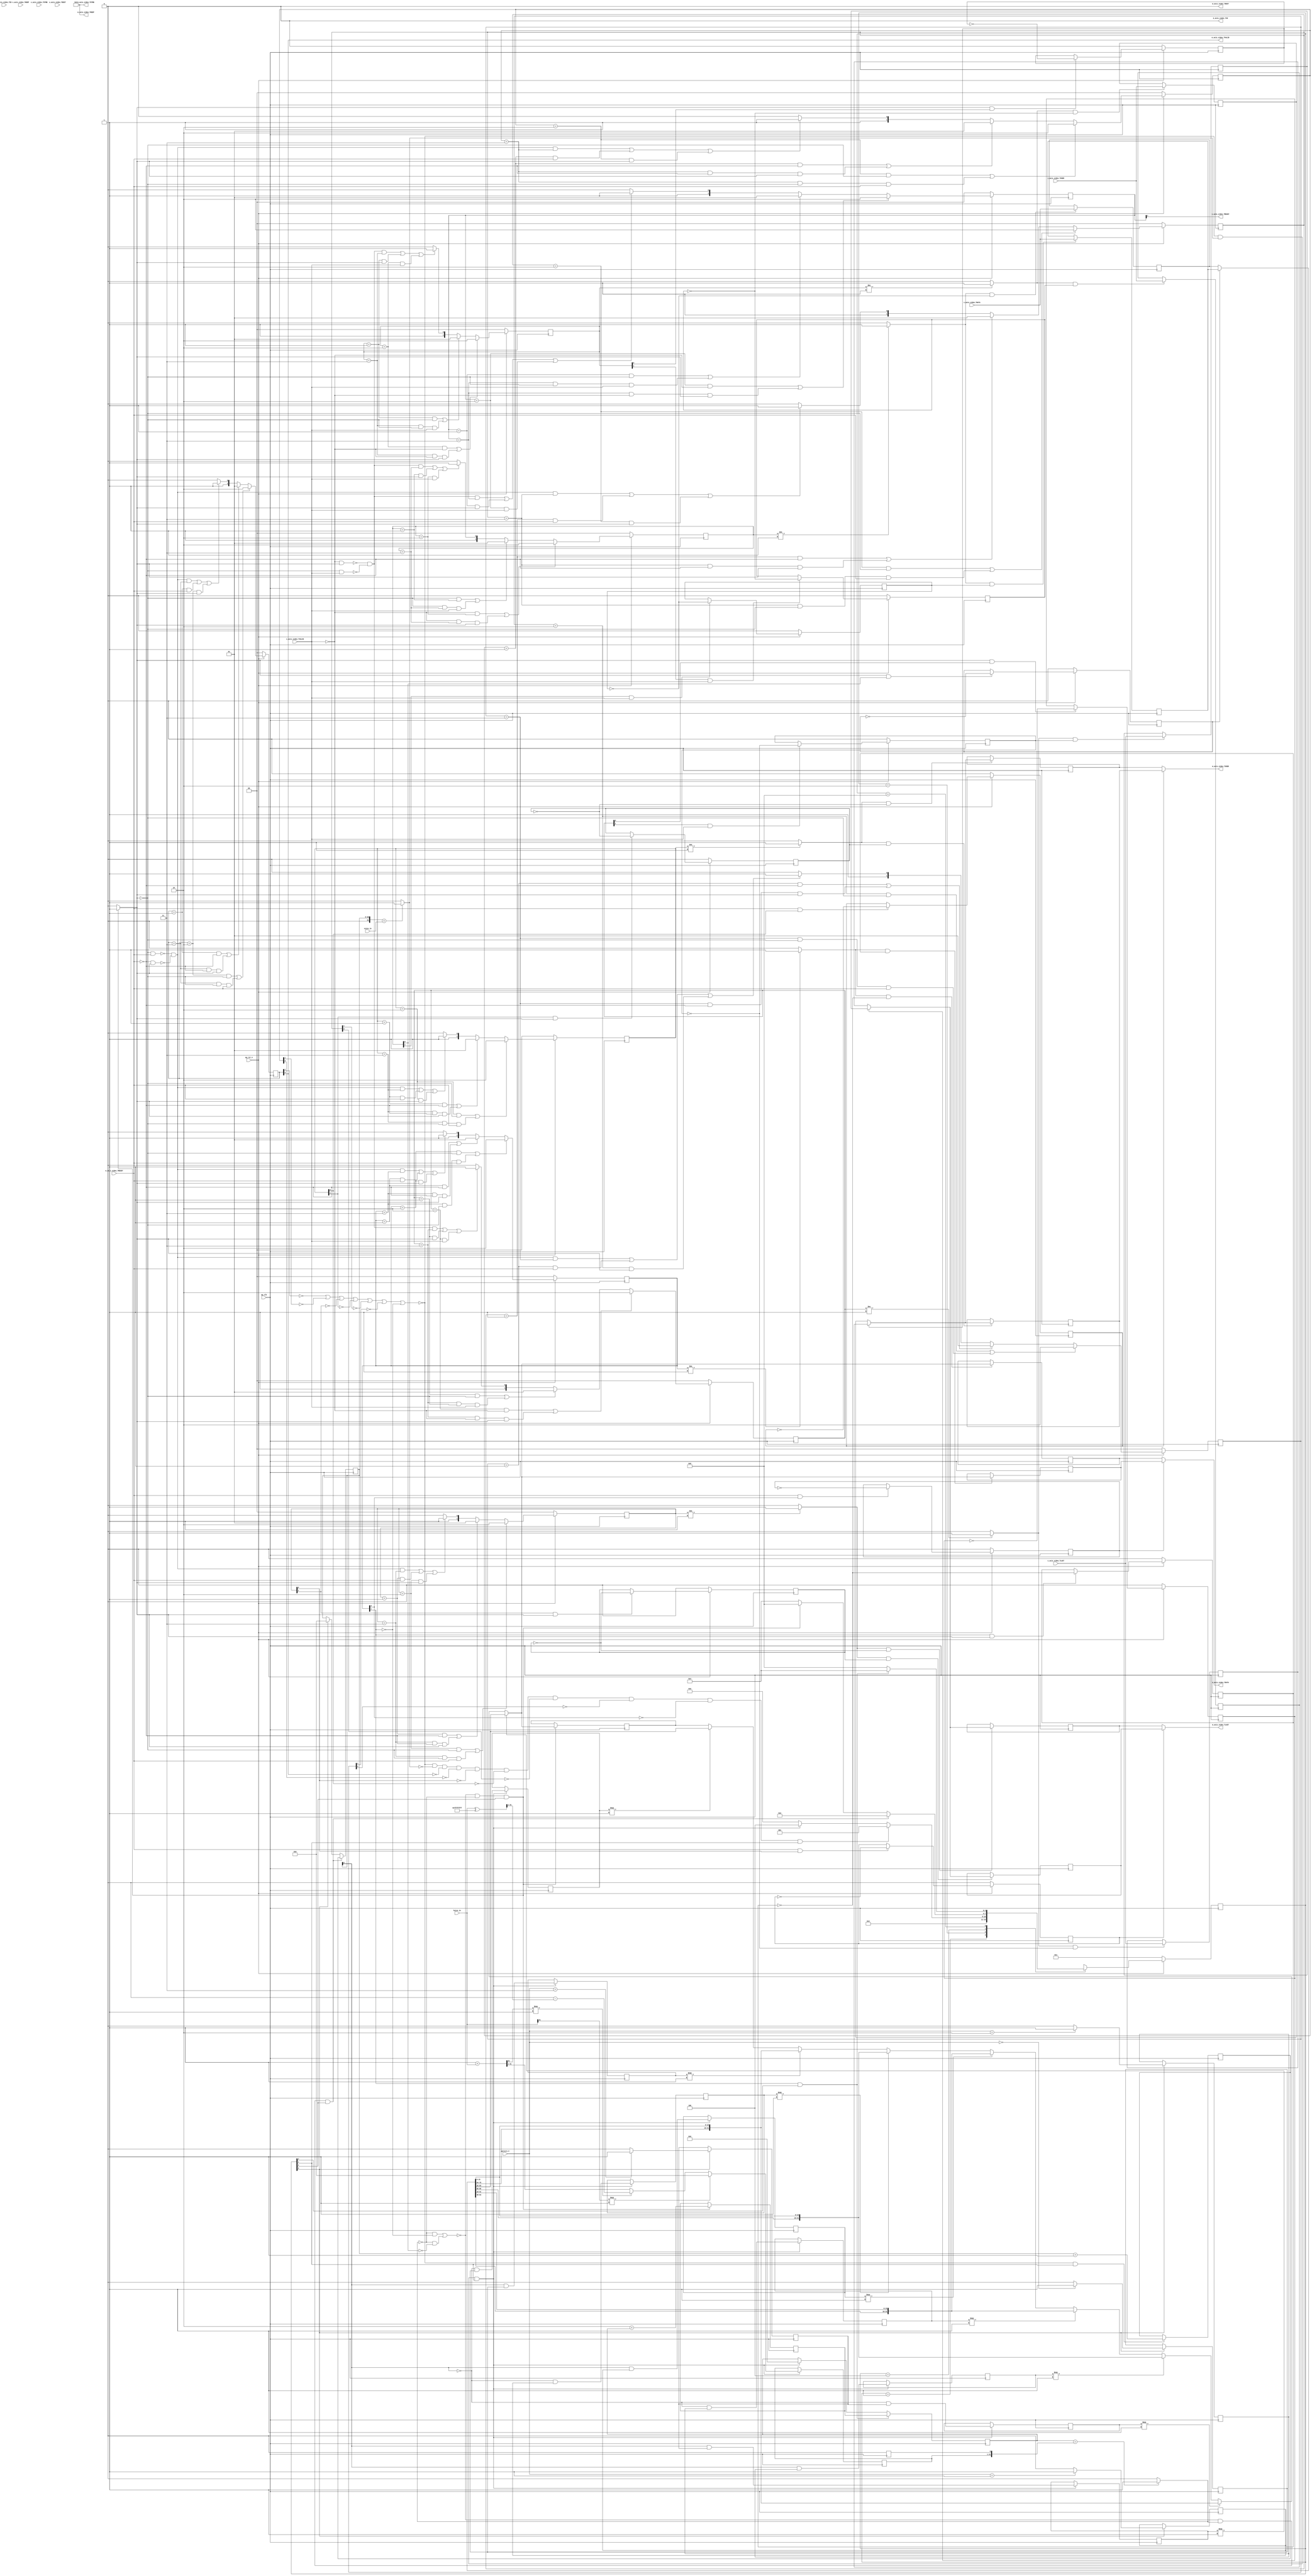
// ==============================================================
// RTL generated by Vivado(TM) HLS - High-Level Synthesis from C, C++ and SystemC
// Version: 2018.3
// Copyright (C) 1986-2018 Xilinx, Inc. All Rights Reserved.
// 
// ===========================================================

`timescale 1 ns / 1 ps 

(* CORE_GENERATION_INFO="rgb2bayer,hls_ip_2018_3,{HLS_INPUT_TYPE=cxx,HLS_INPUT_FLOAT=0,HLS_INPUT_FIXED=1,HLS_INPUT_PART=xc7z020clg484-1,HLS_INPUT_CLOCK=10.000000,HLS_INPUT_ARCH=others,HLS_SYN_CLOCK=3.466000,HLS_SYN_LAT=-1,HLS_SYN_TPT=none,HLS_SYN_MEM=0,HLS_SYN_DSP=0,HLS_SYN_FF=507,HLS_SYN_LUT=951,HLS_VERSION=2018_3}" *)

module rgb2bayer_16bit_2spc (
        ap_clk,
        ap_rst_n,
        s_axis_video_TDATA,
        s_axis_video_TVALID,
        s_axis_video_TREADY,
        s_axis_video_TKEEP,
        s_axis_video_TSTRB,
        s_axis_video_TUSER,
        s_axis_video_TLAST,
        s_axis_video_TID,
        s_axis_video_TDEST,
        m_axis_video_TDATA,
        m_axis_video_TVALID,
        m_axis_video_TREADY,
        m_axis_video_TKEEP,
        m_axis_video_TSTRB,
        m_axis_video_TUSER,
        m_axis_video_TLAST,
        m_axis_video_TID,
        m_axis_video_TDEST,
        hsize_in,
        vsize_in,
        pattern_V
);

parameter    ap_ST_fsm_state1 = 4'd1;
parameter    ap_ST_fsm_state2 = 4'd2;
parameter    ap_ST_fsm_state3 = 4'd4;
parameter    ap_ST_fsm_state4 = 4'd8;

input   ap_clk;
input   ap_rst_n;
input  [95:0] s_axis_video_TDATA;
input   s_axis_video_TVALID;
output   s_axis_video_TREADY;
input  [11:0] s_axis_video_TKEEP;
input  [11:0] s_axis_video_TSTRB;
input  [0:0] s_axis_video_TUSER;
input  [0:0] s_axis_video_TLAST;
input  [0:0] s_axis_video_TID;
input  [0:0] s_axis_video_TDEST;
output  [31:0] m_axis_video_TDATA;
output   m_axis_video_TVALID;
input   m_axis_video_TREADY;
output  [3:0] m_axis_video_TKEEP;
output  [3:0] m_axis_video_TSTRB;
output  [0:0] m_axis_video_TUSER;
output  [0:0] m_axis_video_TLAST;
output  [0:0] m_axis_video_TID;
output  [0:0] m_axis_video_TDEST;
input  [31:0] hsize_in;
input  [31:0] vsize_in;
input  [1:0] pattern_V;

 reg    ap_rst_n_inv;
reg   [95:0] s_axis_video_V_data_V_0_data_out;
wire    s_axis_video_V_data_V_0_vld_in;
wire    s_axis_video_V_data_V_0_vld_out;
wire    s_axis_video_V_data_V_0_ack_in;
reg    s_axis_video_V_data_V_0_ack_out;
reg   [95:0] s_axis_video_V_data_V_0_payload_A;
reg   [95:0] s_axis_video_V_data_V_0_payload_B;
reg    s_axis_video_V_data_V_0_sel_rd;
reg    s_axis_video_V_data_V_0_sel_wr;
wire    s_axis_video_V_data_V_0_sel;
wire    s_axis_video_V_data_V_0_load_A;
wire    s_axis_video_V_data_V_0_load_B;
reg   [1:0] s_axis_video_V_data_V_0_state;
wire    s_axis_video_V_data_V_0_state_cmp_full;
reg   [0:0] s_axis_video_V_user_V_0_data_out;
wire    s_axis_video_V_user_V_0_vld_in;
wire    s_axis_video_V_user_V_0_vld_out;
wire    s_axis_video_V_user_V_0_ack_in;
reg    s_axis_video_V_user_V_0_ack_out;
reg   [0:0] s_axis_video_V_user_V_0_payload_A;
reg   [0:0] s_axis_video_V_user_V_0_payload_B;
reg    s_axis_video_V_user_V_0_sel_rd;
reg    s_axis_video_V_user_V_0_sel_wr;
wire    s_axis_video_V_user_V_0_sel;
wire    s_axis_video_V_user_V_0_load_A;
wire    s_axis_video_V_user_V_0_load_B;
reg   [1:0] s_axis_video_V_user_V_0_state;
wire    s_axis_video_V_user_V_0_state_cmp_full;
reg   [0:0] s_axis_video_V_last_V_0_data_out;
wire    s_axis_video_V_last_V_0_vld_in;
wire    s_axis_video_V_last_V_0_vld_out;
wire    s_axis_video_V_last_V_0_ack_in;
reg    s_axis_video_V_last_V_0_ack_out;
reg   [0:0] s_axis_video_V_last_V_0_payload_A;
reg   [0:0] s_axis_video_V_last_V_0_payload_B;
reg    s_axis_video_V_last_V_0_sel_rd;
reg    s_axis_video_V_last_V_0_sel_wr;
wire    s_axis_video_V_last_V_0_sel;
wire    s_axis_video_V_last_V_0_load_A;
wire    s_axis_video_V_last_V_0_load_B;
reg   [1:0] s_axis_video_V_last_V_0_state;
wire    s_axis_video_V_last_V_0_state_cmp_full;
wire    s_axis_video_V_dest_V_0_vld_in;
reg    s_axis_video_V_dest_V_0_ack_out;
reg   [1:0] s_axis_video_V_dest_V_0_state;
reg   [31:0] m_axis_video_V_data_V_1_data_out;
reg    m_axis_video_V_data_V_1_vld_in;
wire    m_axis_video_V_data_V_1_vld_out;
wire    m_axis_video_V_data_V_1_ack_in;
wire    m_axis_video_V_data_V_1_ack_out;
reg   [31:0] m_axis_video_V_data_V_1_payload_A;
reg   [31:0] m_axis_video_V_data_V_1_payload_B;
reg    m_axis_video_V_data_V_1_sel_rd;
reg    m_axis_video_V_data_V_1_sel_wr;
wire    m_axis_video_V_data_V_1_sel;
wire    m_axis_video_V_data_V_1_load_A;
wire    m_axis_video_V_data_V_1_load_B;
reg   [1:0] m_axis_video_V_data_V_1_state;
wire    m_axis_video_V_data_V_1_state_cmp_full;
wire   [3:0] m_axis_video_V_keep_V_1_data_out;
reg    m_axis_video_V_keep_V_1_vld_in;
wire    m_axis_video_V_keep_V_1_vld_out;
wire    m_axis_video_V_keep_V_1_ack_in;
wire    m_axis_video_V_keep_V_1_ack_out;
reg    m_axis_video_V_keep_V_1_sel_rd;
wire    m_axis_video_V_keep_V_1_sel;
reg   [1:0] m_axis_video_V_keep_V_1_state;
wire   [3:0] m_axis_video_V_strb_V_1_data_out;
reg    m_axis_video_V_strb_V_1_vld_in;
wire    m_axis_video_V_strb_V_1_vld_out;
wire    m_axis_video_V_strb_V_1_ack_in;
wire    m_axis_video_V_strb_V_1_ack_out;
reg    m_axis_video_V_strb_V_1_sel_rd;
wire    m_axis_video_V_strb_V_1_sel;
reg   [1:0] m_axis_video_V_strb_V_1_state;
reg   [0:0] m_axis_video_V_user_V_1_data_out;
reg    m_axis_video_V_user_V_1_vld_in;
wire    m_axis_video_V_user_V_1_vld_out;
wire    m_axis_video_V_user_V_1_ack_in;
wire    m_axis_video_V_user_V_1_ack_out;
reg   [0:0] m_axis_video_V_user_V_1_payload_A;
reg   [0:0] m_axis_video_V_user_V_1_payload_B;
reg    m_axis_video_V_user_V_1_sel_rd;
reg    m_axis_video_V_user_V_1_sel_wr;
wire    m_axis_video_V_user_V_1_sel;
wire    m_axis_video_V_user_V_1_load_A;
wire    m_axis_video_V_user_V_1_load_B;
reg   [1:0] m_axis_video_V_user_V_1_state;
wire    m_axis_video_V_user_V_1_state_cmp_full;
reg   [0:0] m_axis_video_V_last_V_1_data_out;
reg    m_axis_video_V_last_V_1_vld_in;
wire    m_axis_video_V_last_V_1_vld_out;
wire    m_axis_video_V_last_V_1_ack_in;
wire    m_axis_video_V_last_V_1_ack_out;
reg   [0:0] m_axis_video_V_last_V_1_payload_A;
reg   [0:0] m_axis_video_V_last_V_1_payload_B;
reg    m_axis_video_V_last_V_1_sel_rd;
reg    m_axis_video_V_last_V_1_sel_wr;
wire    m_axis_video_V_last_V_1_sel;
wire    m_axis_video_V_last_V_1_load_A;
wire    m_axis_video_V_last_V_1_load_B;
reg   [1:0] m_axis_video_V_last_V_1_state;
wire    m_axis_video_V_last_V_1_state_cmp_full;
wire   [0:0] m_axis_video_V_id_V_1_data_out;
reg    m_axis_video_V_id_V_1_vld_in;
wire    m_axis_video_V_id_V_1_vld_out;
wire    m_axis_video_V_id_V_1_ack_in;
wire    m_axis_video_V_id_V_1_ack_out;
reg    m_axis_video_V_id_V_1_sel_rd;
wire    m_axis_video_V_id_V_1_sel;
reg   [1:0] m_axis_video_V_id_V_1_state;
wire   [0:0] m_axis_video_V_dest_V_1_data_out;
reg    m_axis_video_V_dest_V_1_vld_in;
wire    m_axis_video_V_dest_V_1_vld_out;
wire    m_axis_video_V_dest_V_1_ack_in;
wire    m_axis_video_V_dest_V_1_ack_out;
reg    m_axis_video_V_dest_V_1_sel_rd;
wire    m_axis_video_V_dest_V_1_sel;
reg   [1:0] m_axis_video_V_dest_V_1_state;
reg    s_axis_video_TDATA_blk_n;
(* fsm_encoding = "none" *) reg   [3:0] ap_CS_fsm;
wire    ap_CS_fsm_state3;
wire   [0:0] tmp_10_fu_379_p2;
reg    m_axis_video_TDATA_blk_n;
wire    ap_CS_fsm_state4;
wire    ap_CS_fsm_state1;
wire   [0:0] sel_tmp_fu_215_p2;
reg   [0:0] sel_tmp_reg_565;
wire   [0:0] sel_tmp7_fu_221_p2;
reg   [0:0] sel_tmp7_reg_571;
wire   [0:0] sel_tmp4_fu_227_p2;
reg   [0:0] sel_tmp4_reg_577;
wire   [0:0] sel_tmp3_fu_233_p2;
reg   [0:0] sel_tmp3_reg_583;
wire   [30:0] j_1_fu_248_p2;
reg   [30:0] j_1_reg_592;
wire    ap_CS_fsm_state2;
reg    ap_block_state2;
wire   [0:0] sel_tmp1_fu_264_p2;
reg   [0:0] sel_tmp1_reg_597;
wire   [0:0] tmp_1_fu_243_p2;
wire   [0:0] sel_tmp5_fu_269_p2;
reg   [0:0] sel_tmp5_reg_602;
wire   [0:0] sel_tmp8_fu_274_p2;
reg   [0:0] sel_tmp8_reg_607;
wire   [0:0] sel_tmp2_fu_279_p2;
reg   [0:0] sel_tmp2_reg_612;
wire   [0:0] sel_tmp6_fu_284_p2;
reg   [0:0] sel_tmp6_reg_617;
wire   [0:0] sel_tmp9_fu_289_p2;
reg   [0:0] sel_tmp9_reg_622;
wire   [0:0] sel_tmp10_fu_294_p2;
reg   [0:0] sel_tmp10_reg_627;
wire   [0:0] sel_tmp11_fu_299_p2;
reg   [0:0] sel_tmp11_reg_632;
wire   [31:0] tmp_9_fu_371_p3;
reg   [31:0] tmp_9_reg_637;
reg    ap_block_state3;
reg    ap_block_state3_io;
wire   [31:0] video_o_data_V_fu_528_p3;
wire   [31:0] i_1_fu_536_p2;
reg   [31:0] i_1_reg_660;
reg   [30:0] j_reg_193;
reg   [31:0] i_reg_204;
reg   [31:0] p_Val2_s_fu_124;
wire   [31:0] j_cast_fu_239_p1;
wire   [0:0] tmp_2_fu_254_p1;
wire   [0:0] tmp_3_fu_258_p2;
wire   [31:0] hsize_in_op_op_fu_311_p2;
wire   [31:0] p_neg_fu_324_p2;
wire   [30:0] p_lshr_fu_329_p4;
wire   [0:0] tmp_5_fu_316_p3;
wire   [30:0] p_neg_t_fu_339_p2;
wire   [30:0] tmp_6_fu_345_p4;
wire   [0:0] tmp_4_fu_304_p3;
wire   [30:0] tmp_7_fu_355_p3;
wire   [30:0] tmp_8_fu_363_p3;
wire   [15:0] p_Result_6_fu_415_p4;
wire   [15:0] tmp_11_fu_411_p1;
wire   [15:0] p_Result_s_7_fu_433_p4;
wire   [15:0] p_Result_3_fu_461_p4;
wire   [15:0] p_Result_2_fu_451_p4;
wire   [31:0] p_Result_s_fu_401_p4;
wire   [31:0] p_Result_1_fu_425_p3;
wire   [31:0] video_o_data_V_4_fu_479_p3;
wire   [31:0] p_Result_4_fu_443_p3;
wire   [31:0] video_o_data_V_5_fu_486_p3;
wire   [31:0] p_Result_5_fu_471_p3;
wire   [31:0] video_o_data_V_6_fu_493_p3;
wire   [31:0] video_o_data_V_7_fu_500_p3;
wire   [31:0] video_o_data_V_8_fu_507_p3;
wire   [31:0] video_o_data_V_9_fu_514_p3;
wire   [31:0] video_o_data_V_11_fu_521_p3;
reg   [3:0] ap_NS_fsm;

// power-on initialization
initial begin
#0 s_axis_video_V_data_V_0_sel_rd = 1'b0;
#0 s_axis_video_V_data_V_0_sel_wr = 1'b0;
#0 s_axis_video_V_data_V_0_state = 2'd0;
#0 s_axis_video_V_user_V_0_sel_rd = 1'b0;
#0 s_axis_video_V_user_V_0_sel_wr = 1'b0;
#0 s_axis_video_V_user_V_0_state = 2'd0;
#0 s_axis_video_V_last_V_0_sel_rd = 1'b0;
#0 s_axis_video_V_last_V_0_sel_wr = 1'b0;
#0 s_axis_video_V_last_V_0_state = 2'd0;
#0 s_axis_video_V_dest_V_0_state = 2'd0;
#0 m_axis_video_V_data_V_1_sel_rd = 1'b0;
#0 m_axis_video_V_data_V_1_sel_wr = 1'b0;
#0 m_axis_video_V_data_V_1_state = 2'd0;
#0 m_axis_video_V_keep_V_1_sel_rd = 1'b0;
#0 m_axis_video_V_keep_V_1_state = 2'd0;
#0 m_axis_video_V_strb_V_1_sel_rd = 1'b0;
#0 m_axis_video_V_strb_V_1_state = 2'd0;
#0 m_axis_video_V_user_V_1_sel_rd = 1'b0;
#0 m_axis_video_V_user_V_1_sel_wr = 1'b0;
#0 m_axis_video_V_user_V_1_state = 2'd0;
#0 m_axis_video_V_last_V_1_sel_rd = 1'b0;
#0 m_axis_video_V_last_V_1_sel_wr = 1'b0;
#0 m_axis_video_V_last_V_1_state = 2'd0;
#0 m_axis_video_V_id_V_1_sel_rd = 1'b0;
#0 m_axis_video_V_id_V_1_state = 2'd0;
#0 m_axis_video_V_dest_V_1_sel_rd = 1'b0;
#0 m_axis_video_V_dest_V_1_state = 2'd0;
#0 ap_CS_fsm = 4'd1;
end

always @ (posedge ap_clk) begin
    if (ap_rst_n_inv == 1'b1) begin
        ap_CS_fsm <= ap_ST_fsm_state1;
    end else begin
        ap_CS_fsm <= ap_NS_fsm;
    end
end

always @ (posedge ap_clk) begin
    if (ap_rst_n_inv == 1'b1) begin
        m_axis_video_V_data_V_1_sel_rd <= 1'b0;
    end else begin
        if (((m_axis_video_V_data_V_1_ack_out == 1'b1) & (m_axis_video_V_data_V_1_vld_out == 1'b1))) begin
            m_axis_video_V_data_V_1_sel_rd <= ~m_axis_video_V_data_V_1_sel_rd;
        end
    end
end

always @ (posedge ap_clk) begin
    if (ap_rst_n_inv == 1'b1) begin
        m_axis_video_V_data_V_1_sel_wr <= 1'b0;
    end else begin
        if (((m_axis_video_V_data_V_1_ack_in == 1'b1) & (m_axis_video_V_data_V_1_vld_in == 1'b1))) begin
            m_axis_video_V_data_V_1_sel_wr <= ~m_axis_video_V_data_V_1_sel_wr;
        end
    end
end

always @ (posedge ap_clk) begin
    if (ap_rst_n_inv == 1'b1) begin
        m_axis_video_V_data_V_1_state <= 2'd0;
    end else begin
        if ((((m_axis_video_V_data_V_1_state == 2'd2) & (m_axis_video_V_data_V_1_vld_in == 1'b0)) | ((m_axis_video_V_data_V_1_state == 2'd3) & (m_axis_video_V_data_V_1_vld_in == 1'b0) & (m_axis_video_V_data_V_1_ack_out == 1'b1)))) begin
            m_axis_video_V_data_V_1_state <= 2'd2;
        end else if ((((m_axis_video_V_data_V_1_state == 2'd1) & (m_axis_video_V_data_V_1_ack_out == 1'b0)) | ((m_axis_video_V_data_V_1_state == 2'd3) & (m_axis_video_V_data_V_1_ack_out == 1'b0) & (m_axis_video_V_data_V_1_vld_in == 1'b1)))) begin
            m_axis_video_V_data_V_1_state <= 2'd1;
        end else if (((~((m_axis_video_V_data_V_1_vld_in == 1'b0) & (m_axis_video_V_data_V_1_ack_out == 1'b1)) & ~((m_axis_video_V_data_V_1_ack_out == 1'b0) & (m_axis_video_V_data_V_1_vld_in == 1'b1)) & (m_axis_video_V_data_V_1_state == 2'd3)) | ((m_axis_video_V_data_V_1_state == 2'd1) & (m_axis_video_V_data_V_1_ack_out == 1'b1)) | ((m_axis_video_V_data_V_1_state == 2'd2) & (m_axis_video_V_data_V_1_vld_in == 1'b1)))) begin
            m_axis_video_V_data_V_1_state <= 2'd3;
        end else begin
            m_axis_video_V_data_V_1_state <= 2'd2;
        end
    end
end

always @ (posedge ap_clk) begin
    if (ap_rst_n_inv == 1'b1) begin
        m_axis_video_V_dest_V_1_sel_rd <= 1'b0;
    end else begin
        if (((m_axis_video_V_dest_V_1_ack_out == 1'b1) & (m_axis_video_V_dest_V_1_vld_out == 1'b1))) begin
            m_axis_video_V_dest_V_1_sel_rd <= ~m_axis_video_V_dest_V_1_sel_rd;
        end
    end
end

always @ (posedge ap_clk) begin
    if (ap_rst_n_inv == 1'b1) begin
        m_axis_video_V_dest_V_1_state <= 2'd0;
    end else begin
        if ((((m_axis_video_V_dest_V_1_state == 2'd2) & (m_axis_video_V_dest_V_1_vld_in == 1'b0)) | ((m_axis_video_V_dest_V_1_state == 2'd3) & (m_axis_video_V_dest_V_1_vld_in == 1'b0) & (m_axis_video_V_dest_V_1_ack_out == 1'b1)))) begin
            m_axis_video_V_dest_V_1_state <= 2'd2;
        end else if ((((m_axis_video_V_dest_V_1_state == 2'd1) & (m_axis_video_V_dest_V_1_ack_out == 1'b0)) | ((m_axis_video_V_dest_V_1_state == 2'd3) & (m_axis_video_V_dest_V_1_ack_out == 1'b0) & (m_axis_video_V_dest_V_1_vld_in == 1'b1)))) begin
            m_axis_video_V_dest_V_1_state <= 2'd1;
        end else if (((~((m_axis_video_V_dest_V_1_vld_in == 1'b0) & (m_axis_video_V_dest_V_1_ack_out == 1'b1)) & ~((m_axis_video_V_dest_V_1_ack_out == 1'b0) & (m_axis_video_V_dest_V_1_vld_in == 1'b1)) & (m_axis_video_V_dest_V_1_state == 2'd3)) | ((m_axis_video_V_dest_V_1_state == 2'd1) & (m_axis_video_V_dest_V_1_ack_out == 1'b1)) | ((m_axis_video_V_dest_V_1_state == 2'd2) & (m_axis_video_V_dest_V_1_vld_in == 1'b1)))) begin
            m_axis_video_V_dest_V_1_state <= 2'd3;
        end else begin
            m_axis_video_V_dest_V_1_state <= 2'd2;
        end
    end
end

always @ (posedge ap_clk) begin
    if (ap_rst_n_inv == 1'b1) begin
        m_axis_video_V_id_V_1_sel_rd <= 1'b0;
    end else begin
        if (((m_axis_video_V_id_V_1_ack_out == 1'b1) & (m_axis_video_V_id_V_1_vld_out == 1'b1))) begin
            m_axis_video_V_id_V_1_sel_rd <= ~m_axis_video_V_id_V_1_sel_rd;
        end
    end
end

always @ (posedge ap_clk) begin
    if (ap_rst_n_inv == 1'b1) begin
        m_axis_video_V_id_V_1_state <= 2'd0;
    end else begin
        if ((((m_axis_video_V_id_V_1_state == 2'd2) & (m_axis_video_V_id_V_1_vld_in == 1'b0)) | ((m_axis_video_V_id_V_1_state == 2'd3) & (m_axis_video_V_id_V_1_vld_in == 1'b0) & (m_axis_video_V_id_V_1_ack_out == 1'b1)))) begin
            m_axis_video_V_id_V_1_state <= 2'd2;
        end else if ((((m_axis_video_V_id_V_1_state == 2'd1) & (m_axis_video_V_id_V_1_ack_out == 1'b0)) | ((m_axis_video_V_id_V_1_state == 2'd3) & (m_axis_video_V_id_V_1_ack_out == 1'b0) & (m_axis_video_V_id_V_1_vld_in == 1'b1)))) begin
            m_axis_video_V_id_V_1_state <= 2'd1;
        end else if (((~((m_axis_video_V_id_V_1_vld_in == 1'b0) & (m_axis_video_V_id_V_1_ack_out == 1'b1)) & ~((m_axis_video_V_id_V_1_ack_out == 1'b0) & (m_axis_video_V_id_V_1_vld_in == 1'b1)) & (m_axis_video_V_id_V_1_state == 2'd3)) | ((m_axis_video_V_id_V_1_state == 2'd1) & (m_axis_video_V_id_V_1_ack_out == 1'b1)) | ((m_axis_video_V_id_V_1_state == 2'd2) & (m_axis_video_V_id_V_1_vld_in == 1'b1)))) begin
            m_axis_video_V_id_V_1_state <= 2'd3;
        end else begin
            m_axis_video_V_id_V_1_state <= 2'd2;
        end
    end
end

always @ (posedge ap_clk) begin
    if (ap_rst_n_inv == 1'b1) begin
        m_axis_video_V_keep_V_1_sel_rd <= 1'b0;
    end else begin
        if (((m_axis_video_V_keep_V_1_ack_out == 1'b1) & (m_axis_video_V_keep_V_1_vld_out == 1'b1))) begin
            m_axis_video_V_keep_V_1_sel_rd <= ~m_axis_video_V_keep_V_1_sel_rd;
        end
    end
end

always @ (posedge ap_clk) begin
    if (ap_rst_n_inv == 1'b1) begin
        m_axis_video_V_keep_V_1_state <= 2'd0;
    end else begin
        if ((((m_axis_video_V_keep_V_1_state == 2'd2) & (m_axis_video_V_keep_V_1_vld_in == 1'b0)) | ((m_axis_video_V_keep_V_1_state == 2'd3) & (m_axis_video_V_keep_V_1_vld_in == 1'b0) & (m_axis_video_V_keep_V_1_ack_out == 1'b1)))) begin
            m_axis_video_V_keep_V_1_state <= 2'd2;
        end else if ((((m_axis_video_V_keep_V_1_state == 2'd1) & (m_axis_video_V_keep_V_1_ack_out == 1'b0)) | ((m_axis_video_V_keep_V_1_state == 2'd3) & (m_axis_video_V_keep_V_1_ack_out == 1'b0) & (m_axis_video_V_keep_V_1_vld_in == 1'b1)))) begin
            m_axis_video_V_keep_V_1_state <= 2'd1;
        end else if (((~((m_axis_video_V_keep_V_1_vld_in == 1'b0) & (m_axis_video_V_keep_V_1_ack_out == 1'b1)) & ~((m_axis_video_V_keep_V_1_ack_out == 1'b0) & (m_axis_video_V_keep_V_1_vld_in == 1'b1)) & (m_axis_video_V_keep_V_1_state == 2'd3)) | ((m_axis_video_V_keep_V_1_state == 2'd1) & (m_axis_video_V_keep_V_1_ack_out == 1'b1)) | ((m_axis_video_V_keep_V_1_state == 2'd2) & (m_axis_video_V_keep_V_1_vld_in == 1'b1)))) begin
            m_axis_video_V_keep_V_1_state <= 2'd3;
        end else begin
            m_axis_video_V_keep_V_1_state <= 2'd2;
        end
    end
end

always @ (posedge ap_clk) begin
    if (ap_rst_n_inv == 1'b1) begin
        m_axis_video_V_last_V_1_sel_rd <= 1'b0;
    end else begin
        if (((m_axis_video_V_last_V_1_ack_out == 1'b1) & (m_axis_video_V_last_V_1_vld_out == 1'b1))) begin
            m_axis_video_V_last_V_1_sel_rd <= ~m_axis_video_V_last_V_1_sel_rd;
        end
    end
end

always @ (posedge ap_clk) begin
    if (ap_rst_n_inv == 1'b1) begin
        m_axis_video_V_last_V_1_sel_wr <= 1'b0;
    end else begin
        if (((m_axis_video_V_last_V_1_ack_in == 1'b1) & (m_axis_video_V_last_V_1_vld_in == 1'b1))) begin
            m_axis_video_V_last_V_1_sel_wr <= ~m_axis_video_V_last_V_1_sel_wr;
        end
    end
end

always @ (posedge ap_clk) begin
    if (ap_rst_n_inv == 1'b1) begin
        m_axis_video_V_last_V_1_state <= 2'd0;
    end else begin
        if ((((m_axis_video_V_last_V_1_state == 2'd2) & (m_axis_video_V_last_V_1_vld_in == 1'b0)) | ((m_axis_video_V_last_V_1_state == 2'd3) & (m_axis_video_V_last_V_1_vld_in == 1'b0) & (m_axis_video_V_last_V_1_ack_out == 1'b1)))) begin
            m_axis_video_V_last_V_1_state <= 2'd2;
        end else if ((((m_axis_video_V_last_V_1_state == 2'd1) & (m_axis_video_V_last_V_1_ack_out == 1'b0)) | ((m_axis_video_V_last_V_1_state == 2'd3) & (m_axis_video_V_last_V_1_ack_out == 1'b0) & (m_axis_video_V_last_V_1_vld_in == 1'b1)))) begin
            m_axis_video_V_last_V_1_state <= 2'd1;
        end else if (((~((m_axis_video_V_last_V_1_vld_in == 1'b0) & (m_axis_video_V_last_V_1_ack_out == 1'b1)) & ~((m_axis_video_V_last_V_1_ack_out == 1'b0) & (m_axis_video_V_last_V_1_vld_in == 1'b1)) & (m_axis_video_V_last_V_1_state == 2'd3)) | ((m_axis_video_V_last_V_1_state == 2'd1) & (m_axis_video_V_last_V_1_ack_out == 1'b1)) | ((m_axis_video_V_last_V_1_state == 2'd2) & (m_axis_video_V_last_V_1_vld_in == 1'b1)))) begin
            m_axis_video_V_last_V_1_state <= 2'd3;
        end else begin
            m_axis_video_V_last_V_1_state <= 2'd2;
        end
    end
end

always @ (posedge ap_clk) begin
    if (ap_rst_n_inv == 1'b1) begin
        m_axis_video_V_strb_V_1_sel_rd <= 1'b0;
    end else begin
        if (((m_axis_video_V_strb_V_1_ack_out == 1'b1) & (m_axis_video_V_strb_V_1_vld_out == 1'b1))) begin
            m_axis_video_V_strb_V_1_sel_rd <= ~m_axis_video_V_strb_V_1_sel_rd;
        end
    end
end

always @ (posedge ap_clk) begin
    if (ap_rst_n_inv == 1'b1) begin
        m_axis_video_V_strb_V_1_state <= 2'd0;
    end else begin
        if ((((m_axis_video_V_strb_V_1_state == 2'd2) & (m_axis_video_V_strb_V_1_vld_in == 1'b0)) | ((m_axis_video_V_strb_V_1_state == 2'd3) & (m_axis_video_V_strb_V_1_vld_in == 1'b0) & (m_axis_video_V_strb_V_1_ack_out == 1'b1)))) begin
            m_axis_video_V_strb_V_1_state <= 2'd2;
        end else if ((((m_axis_video_V_strb_V_1_state == 2'd1) & (m_axis_video_V_strb_V_1_ack_out == 1'b0)) | ((m_axis_video_V_strb_V_1_state == 2'd3) & (m_axis_video_V_strb_V_1_ack_out == 1'b0) & (m_axis_video_V_strb_V_1_vld_in == 1'b1)))) begin
            m_axis_video_V_strb_V_1_state <= 2'd1;
        end else if (((~((m_axis_video_V_strb_V_1_vld_in == 1'b0) & (m_axis_video_V_strb_V_1_ack_out == 1'b1)) & ~((m_axis_video_V_strb_V_1_ack_out == 1'b0) & (m_axis_video_V_strb_V_1_vld_in == 1'b1)) & (m_axis_video_V_strb_V_1_state == 2'd3)) | ((m_axis_video_V_strb_V_1_state == 2'd1) & (m_axis_video_V_strb_V_1_ack_out == 1'b1)) | ((m_axis_video_V_strb_V_1_state == 2'd2) & (m_axis_video_V_strb_V_1_vld_in == 1'b1)))) begin
            m_axis_video_V_strb_V_1_state <= 2'd3;
        end else begin
            m_axis_video_V_strb_V_1_state <= 2'd2;
        end
    end
end

always @ (posedge ap_clk) begin
    if (ap_rst_n_inv == 1'b1) begin
        m_axis_video_V_user_V_1_sel_rd <= 1'b0;
    end else begin
        if (((m_axis_video_V_user_V_1_ack_out == 1'b1) & (m_axis_video_V_user_V_1_vld_out == 1'b1))) begin
            m_axis_video_V_user_V_1_sel_rd <= ~m_axis_video_V_user_V_1_sel_rd;
        end
    end
end

always @ (posedge ap_clk) begin
    if (ap_rst_n_inv == 1'b1) begin
        m_axis_video_V_user_V_1_sel_wr <= 1'b0;
    end else begin
        if (((m_axis_video_V_user_V_1_ack_in == 1'b1) & (m_axis_video_V_user_V_1_vld_in == 1'b1))) begin
            m_axis_video_V_user_V_1_sel_wr <= ~m_axis_video_V_user_V_1_sel_wr;
        end
    end
end

always @ (posedge ap_clk) begin
    if (ap_rst_n_inv == 1'b1) begin
        m_axis_video_V_user_V_1_state <= 2'd0;
    end else begin
        if ((((m_axis_video_V_user_V_1_state == 2'd2) & (m_axis_video_V_user_V_1_vld_in == 1'b0)) | ((m_axis_video_V_user_V_1_state == 2'd3) & (m_axis_video_V_user_V_1_vld_in == 1'b0) & (m_axis_video_V_user_V_1_ack_out == 1'b1)))) begin
            m_axis_video_V_user_V_1_state <= 2'd2;
        end else if ((((m_axis_video_V_user_V_1_state == 2'd1) & (m_axis_video_V_user_V_1_ack_out == 1'b0)) | ((m_axis_video_V_user_V_1_state == 2'd3) & (m_axis_video_V_user_V_1_ack_out == 1'b0) & (m_axis_video_V_user_V_1_vld_in == 1'b1)))) begin
            m_axis_video_V_user_V_1_state <= 2'd1;
        end else if (((~((m_axis_video_V_user_V_1_vld_in == 1'b0) & (m_axis_video_V_user_V_1_ack_out == 1'b1)) & ~((m_axis_video_V_user_V_1_ack_out == 1'b0) & (m_axis_video_V_user_V_1_vld_in == 1'b1)) & (m_axis_video_V_user_V_1_state == 2'd3)) | ((m_axis_video_V_user_V_1_state == 2'd1) & (m_axis_video_V_user_V_1_ack_out == 1'b1)) | ((m_axis_video_V_user_V_1_state == 2'd2) & (m_axis_video_V_user_V_1_vld_in == 1'b1)))) begin
            m_axis_video_V_user_V_1_state <= 2'd3;
        end else begin
            m_axis_video_V_user_V_1_state <= 2'd2;
        end
    end
end

always @ (posedge ap_clk) begin
    if (ap_rst_n_inv == 1'b1) begin
        s_axis_video_V_data_V_0_sel_rd <= 1'b0;
    end else begin
        if (((s_axis_video_V_data_V_0_ack_out == 1'b1) & (s_axis_video_V_data_V_0_vld_out == 1'b1))) begin
            s_axis_video_V_data_V_0_sel_rd <= ~s_axis_video_V_data_V_0_sel_rd;
        end
    end
end

always @ (posedge ap_clk) begin
    if (ap_rst_n_inv == 1'b1) begin
        s_axis_video_V_data_V_0_sel_wr <= 1'b0;
    end else begin
        if (((s_axis_video_V_data_V_0_ack_in == 1'b1) & (s_axis_video_V_data_V_0_vld_in == 1'b1))) begin
            s_axis_video_V_data_V_0_sel_wr <= ~s_axis_video_V_data_V_0_sel_wr;
        end
    end
end

always @ (posedge ap_clk) begin
    if (ap_rst_n_inv == 1'b1) begin
        s_axis_video_V_data_V_0_state <= 2'd0;
    end else begin
        if ((((s_axis_video_V_data_V_0_vld_in == 1'b0) & (s_axis_video_V_data_V_0_state == 2'd2)) | ((s_axis_video_V_data_V_0_vld_in == 1'b0) & (s_axis_video_V_data_V_0_state == 2'd3) & (s_axis_video_V_data_V_0_ack_out == 1'b1)))) begin
            s_axis_video_V_data_V_0_state <= 2'd2;
        end else if ((((s_axis_video_V_data_V_0_ack_out == 1'b0) & (s_axis_video_V_data_V_0_state == 2'd1)) | ((s_axis_video_V_data_V_0_ack_out == 1'b0) & (s_axis_video_V_data_V_0_state == 2'd3) & (s_axis_video_V_data_V_0_vld_in == 1'b1)))) begin
            s_axis_video_V_data_V_0_state <= 2'd1;
        end else if (((~((s_axis_video_V_data_V_0_vld_in == 1'b0) & (s_axis_video_V_data_V_0_ack_out == 1'b1)) & ~((s_axis_video_V_data_V_0_ack_out == 1'b0) & (s_axis_video_V_data_V_0_vld_in == 1'b1)) & (s_axis_video_V_data_V_0_state == 2'd3)) | ((s_axis_video_V_data_V_0_state == 2'd1) & (s_axis_video_V_data_V_0_ack_out == 1'b1)) | ((s_axis_video_V_data_V_0_state == 2'd2) & (s_axis_video_V_data_V_0_vld_in == 1'b1)))) begin
            s_axis_video_V_data_V_0_state <= 2'd3;
        end else begin
            s_axis_video_V_data_V_0_state <= 2'd2;
        end
    end
end

always @ (posedge ap_clk) begin
    if (ap_rst_n_inv == 1'b1) begin
        s_axis_video_V_dest_V_0_state <= 2'd0;
    end else begin
        if ((((s_axis_video_V_dest_V_0_state == 2'd2) & (s_axis_video_V_dest_V_0_vld_in == 1'b0)) | ((s_axis_video_V_dest_V_0_state == 2'd3) & (s_axis_video_V_dest_V_0_vld_in == 1'b0) & (s_axis_video_V_dest_V_0_ack_out == 1'b1)))) begin
            s_axis_video_V_dest_V_0_state <= 2'd2;
        end else if ((((s_axis_video_V_dest_V_0_state == 2'd1) & (s_axis_video_V_dest_V_0_ack_out == 1'b0)) | ((s_axis_video_V_dest_V_0_state == 2'd3) & (s_axis_video_V_dest_V_0_ack_out == 1'b0) & (s_axis_video_V_dest_V_0_vld_in == 1'b1)))) begin
            s_axis_video_V_dest_V_0_state <= 2'd1;
        end else if (((~((s_axis_video_V_dest_V_0_vld_in == 1'b0) & (s_axis_video_V_dest_V_0_ack_out == 1'b1)) & ~((s_axis_video_V_dest_V_0_ack_out == 1'b0) & (s_axis_video_V_dest_V_0_vld_in == 1'b1)) & (s_axis_video_V_dest_V_0_state == 2'd3)) | ((s_axis_video_V_dest_V_0_state == 2'd1) & (s_axis_video_V_dest_V_0_ack_out == 1'b1)) | ((s_axis_video_V_dest_V_0_state == 2'd2) & (s_axis_video_V_dest_V_0_vld_in == 1'b1)))) begin
            s_axis_video_V_dest_V_0_state <= 2'd3;
        end else begin
            s_axis_video_V_dest_V_0_state <= 2'd2;
        end
    end
end

always @ (posedge ap_clk) begin
    if (ap_rst_n_inv == 1'b1) begin
        s_axis_video_V_last_V_0_sel_rd <= 1'b0;
    end else begin
        if (((s_axis_video_V_last_V_0_ack_out == 1'b1) & (s_axis_video_V_last_V_0_vld_out == 1'b1))) begin
            s_axis_video_V_last_V_0_sel_rd <= ~s_axis_video_V_last_V_0_sel_rd;
        end
    end
end

always @ (posedge ap_clk) begin
    if (ap_rst_n_inv == 1'b1) begin
        s_axis_video_V_last_V_0_sel_wr <= 1'b0;
    end else begin
        if (((s_axis_video_V_last_V_0_ack_in == 1'b1) & (s_axis_video_V_last_V_0_vld_in == 1'b1))) begin
            s_axis_video_V_last_V_0_sel_wr <= ~s_axis_video_V_last_V_0_sel_wr;
        end
    end
end

always @ (posedge ap_clk) begin
    if (ap_rst_n_inv == 1'b1) begin
        s_axis_video_V_last_V_0_state <= 2'd0;
    end else begin
        if ((((s_axis_video_V_last_V_0_state == 2'd2) & (s_axis_video_V_last_V_0_vld_in == 1'b0)) | ((s_axis_video_V_last_V_0_state == 2'd3) & (s_axis_video_V_last_V_0_vld_in == 1'b0) & (s_axis_video_V_last_V_0_ack_out == 1'b1)))) begin
            s_axis_video_V_last_V_0_state <= 2'd2;
        end else if ((((s_axis_video_V_last_V_0_state == 2'd1) & (s_axis_video_V_last_V_0_ack_out == 1'b0)) | ((s_axis_video_V_last_V_0_state == 2'd3) & (s_axis_video_V_last_V_0_ack_out == 1'b0) & (s_axis_video_V_last_V_0_vld_in == 1'b1)))) begin
            s_axis_video_V_last_V_0_state <= 2'd1;
        end else if (((~((s_axis_video_V_last_V_0_vld_in == 1'b0) & (s_axis_video_V_last_V_0_ack_out == 1'b1)) & ~((s_axis_video_V_last_V_0_ack_out == 1'b0) & (s_axis_video_V_last_V_0_vld_in == 1'b1)) & (s_axis_video_V_last_V_0_state == 2'd3)) | ((s_axis_video_V_last_V_0_state == 2'd1) & (s_axis_video_V_last_V_0_ack_out == 1'b1)) | ((s_axis_video_V_last_V_0_state == 2'd2) & (s_axis_video_V_last_V_0_vld_in == 1'b1)))) begin
            s_axis_video_V_last_V_0_state <= 2'd3;
        end else begin
            s_axis_video_V_last_V_0_state <= 2'd2;
        end
    end
end

always @ (posedge ap_clk) begin
    if (ap_rst_n_inv == 1'b1) begin
        s_axis_video_V_user_V_0_sel_rd <= 1'b0;
    end else begin
        if (((s_axis_video_V_user_V_0_ack_out == 1'b1) & (s_axis_video_V_user_V_0_vld_out == 1'b1))) begin
            s_axis_video_V_user_V_0_sel_rd <= ~s_axis_video_V_user_V_0_sel_rd;
        end
    end
end

always @ (posedge ap_clk) begin
    if (ap_rst_n_inv == 1'b1) begin
        s_axis_video_V_user_V_0_sel_wr <= 1'b0;
    end else begin
        if (((s_axis_video_V_user_V_0_ack_in == 1'b1) & (s_axis_video_V_user_V_0_vld_in == 1'b1))) begin
            s_axis_video_V_user_V_0_sel_wr <= ~s_axis_video_V_user_V_0_sel_wr;
        end
    end
end

always @ (posedge ap_clk) begin
    if (ap_rst_n_inv == 1'b1) begin
        s_axis_video_V_user_V_0_state <= 2'd0;
    end else begin
        if ((((s_axis_video_V_user_V_0_state == 2'd2) & (s_axis_video_V_user_V_0_vld_in == 1'b0)) | ((s_axis_video_V_user_V_0_state == 2'd3) & (s_axis_video_V_user_V_0_vld_in == 1'b0) & (s_axis_video_V_user_V_0_ack_out == 1'b1)))) begin
            s_axis_video_V_user_V_0_state <= 2'd2;
        end else if ((((s_axis_video_V_user_V_0_state == 2'd1) & (s_axis_video_V_user_V_0_ack_out == 1'b0)) | ((s_axis_video_V_user_V_0_state == 2'd3) & (s_axis_video_V_user_V_0_ack_out == 1'b0) & (s_axis_video_V_user_V_0_vld_in == 1'b1)))) begin
            s_axis_video_V_user_V_0_state <= 2'd1;
        end else if (((~((s_axis_video_V_user_V_0_vld_in == 1'b0) & (s_axis_video_V_user_V_0_ack_out == 1'b1)) & ~((s_axis_video_V_user_V_0_ack_out == 1'b0) & (s_axis_video_V_user_V_0_vld_in == 1'b1)) & (s_axis_video_V_user_V_0_state == 2'd3)) | ((s_axis_video_V_user_V_0_state == 2'd1) & (s_axis_video_V_user_V_0_ack_out == 1'b1)) | ((s_axis_video_V_user_V_0_state == 2'd2) & (s_axis_video_V_user_V_0_vld_in == 1'b1)))) begin
            s_axis_video_V_user_V_0_state <= 2'd3;
        end else begin
            s_axis_video_V_user_V_0_state <= 2'd2;
        end
    end
end

always @ (posedge ap_clk) begin
    if (((m_axis_video_V_data_V_1_ack_in == 1'b1) & (1'b1 == ap_CS_fsm_state4))) begin
        i_reg_204 <= i_1_reg_660;
    end else if ((~((m_axis_video_V_dest_V_1_ack_in == 1'b0) | (m_axis_video_V_id_V_1_ack_in == 1'b0) | (m_axis_video_V_last_V_1_ack_in == 1'b0) | (m_axis_video_V_user_V_1_ack_in == 1'b0) | (m_axis_video_V_strb_V_1_ack_in == 1'b0) | (m_axis_video_V_keep_V_1_ack_in == 1'b0) | (m_axis_video_V_data_V_1_ack_in == 1'b0)) & (tmp_1_fu_243_p2 == 1'd1) & (1'b1 == ap_CS_fsm_state2))) begin
        i_reg_204 <= 32'd0;
    end
end

always @ (posedge ap_clk) begin
    if ((~((1'b1 == ap_block_state3_io) | ((tmp_10_fu_379_p2 == 1'd0) & (s_axis_video_V_data_V_0_vld_out == 1'b0))) & (tmp_10_fu_379_p2 == 1'd1) & (1'b1 == ap_CS_fsm_state3))) begin
        j_reg_193 <= j_1_reg_592;
    end else if ((1'b1 == ap_CS_fsm_state1)) begin
        j_reg_193 <= 31'd0;
    end
end

always @ (posedge ap_clk) begin
    if ((~((1'b1 == ap_block_state3_io) | ((tmp_10_fu_379_p2 == 1'd0) & (s_axis_video_V_data_V_0_vld_out == 1'b0))) & (tmp_10_fu_379_p2 == 1'd0) & (1'b1 == ap_CS_fsm_state3))) begin
        i_1_reg_660 <= i_1_fu_536_p2;
        p_Val2_s_fu_124 <= video_o_data_V_fu_528_p3;
    end
end

always @ (posedge ap_clk) begin
    if ((~((m_axis_video_V_dest_V_1_ack_in == 1'b0) | (m_axis_video_V_id_V_1_ack_in == 1'b0) | (m_axis_video_V_last_V_1_ack_in == 1'b0) | (m_axis_video_V_user_V_1_ack_in == 1'b0) | (m_axis_video_V_strb_V_1_ack_in == 1'b0) | (m_axis_video_V_keep_V_1_ack_in == 1'b0) | (m_axis_video_V_data_V_1_ack_in == 1'b0)) & (1'b1 == ap_CS_fsm_state2))) begin
        j_1_reg_592 <= j_1_fu_248_p2;
    end
end

always @ (posedge ap_clk) begin
    if ((m_axis_video_V_data_V_1_load_A == 1'b1)) begin
        m_axis_video_V_data_V_1_payload_A <= video_o_data_V_fu_528_p3;
    end
end

always @ (posedge ap_clk) begin
    if ((m_axis_video_V_data_V_1_load_B == 1'b1)) begin
        m_axis_video_V_data_V_1_payload_B <= video_o_data_V_fu_528_p3;
    end
end

always @ (posedge ap_clk) begin
    if ((m_axis_video_V_last_V_1_load_A == 1'b1)) begin
        m_axis_video_V_last_V_1_payload_A <= s_axis_video_V_last_V_0_data_out;
    end
end

always @ (posedge ap_clk) begin
    if ((m_axis_video_V_last_V_1_load_B == 1'b1)) begin
        m_axis_video_V_last_V_1_payload_B <= s_axis_video_V_last_V_0_data_out;
    end
end

always @ (posedge ap_clk) begin
    if ((m_axis_video_V_user_V_1_load_A == 1'b1)) begin
        m_axis_video_V_user_V_1_payload_A <= s_axis_video_V_user_V_0_data_out;
    end
end

always @ (posedge ap_clk) begin
    if ((m_axis_video_V_user_V_1_load_B == 1'b1)) begin
        m_axis_video_V_user_V_1_payload_B <= s_axis_video_V_user_V_0_data_out;
    end
end

always @ (posedge ap_clk) begin
    if ((s_axis_video_V_data_V_0_load_A == 1'b1)) begin
        s_axis_video_V_data_V_0_payload_A <= s_axis_video_TDATA;
    end
end

always @ (posedge ap_clk) begin
    if ((s_axis_video_V_data_V_0_load_B == 1'b1)) begin
        s_axis_video_V_data_V_0_payload_B <= s_axis_video_TDATA;
    end
end

always @ (posedge ap_clk) begin
    if ((s_axis_video_V_last_V_0_load_A == 1'b1)) begin
        s_axis_video_V_last_V_0_payload_A <= s_axis_video_TLAST;
    end
end

always @ (posedge ap_clk) begin
    if ((s_axis_video_V_last_V_0_load_B == 1'b1)) begin
        s_axis_video_V_last_V_0_payload_B <= s_axis_video_TLAST;
    end
end

always @ (posedge ap_clk) begin
    if ((s_axis_video_V_user_V_0_load_A == 1'b1)) begin
        s_axis_video_V_user_V_0_payload_A <= s_axis_video_TUSER;
    end
end

always @ (posedge ap_clk) begin
    if ((s_axis_video_V_user_V_0_load_B == 1'b1)) begin
        s_axis_video_V_user_V_0_payload_B <= s_axis_video_TUSER;
    end
end

always @ (posedge ap_clk) begin
    if ((~((m_axis_video_V_dest_V_1_ack_in == 1'b0) | (m_axis_video_V_id_V_1_ack_in == 1'b0) | (m_axis_video_V_last_V_1_ack_in == 1'b0) | (m_axis_video_V_user_V_1_ack_in == 1'b0) | (m_axis_video_V_strb_V_1_ack_in == 1'b0) | (m_axis_video_V_keep_V_1_ack_in == 1'b0) | (m_axis_video_V_data_V_1_ack_in == 1'b0)) & (tmp_1_fu_243_p2 == 1'd1) & (1'b1 == ap_CS_fsm_state2))) begin
        sel_tmp10_reg_627 <= sel_tmp10_fu_294_p2;
        sel_tmp11_reg_632 <= sel_tmp11_fu_299_p2;
        sel_tmp1_reg_597 <= sel_tmp1_fu_264_p2;
        sel_tmp2_reg_612 <= sel_tmp2_fu_279_p2;
        sel_tmp5_reg_602 <= sel_tmp5_fu_269_p2;
        sel_tmp6_reg_617 <= sel_tmp6_fu_284_p2;
        sel_tmp8_reg_607 <= sel_tmp8_fu_274_p2;
        sel_tmp9_reg_622 <= sel_tmp9_fu_289_p2;
        tmp_9_reg_637[31 : 1] <= tmp_9_fu_371_p3[31 : 1];
    end
end

always @ (posedge ap_clk) begin
    if ((1'b1 == ap_CS_fsm_state1)) begin
        sel_tmp3_reg_583 <= sel_tmp3_fu_233_p2;
        sel_tmp4_reg_577 <= sel_tmp4_fu_227_p2;
        sel_tmp7_reg_571 <= sel_tmp7_fu_221_p2;
        sel_tmp_reg_565 <= sel_tmp_fu_215_p2;
    end
end

always @ (*) begin
    if (((1'b1 == ap_CS_fsm_state4) | ((tmp_10_fu_379_p2 == 1'd0) & (1'b1 == ap_CS_fsm_state3)))) begin
        m_axis_video_TDATA_blk_n = m_axis_video_V_data_V_1_state[1'd1];
    end else begin
        m_axis_video_TDATA_blk_n = 1'b1;
    end
end

always @ (*) begin
    if ((m_axis_video_V_data_V_1_sel == 1'b1)) begin
        m_axis_video_V_data_V_1_data_out = m_axis_video_V_data_V_1_payload_B;
    end else begin
        m_axis_video_V_data_V_1_data_out = m_axis_video_V_data_V_1_payload_A;
    end
end

always @ (*) begin
    if ((~((1'b1 == ap_block_state3_io) | ((tmp_10_fu_379_p2 == 1'd0) & (s_axis_video_V_data_V_0_vld_out == 1'b0))) & (tmp_10_fu_379_p2 == 1'd0) & (1'b1 == ap_CS_fsm_state3))) begin
        m_axis_video_V_data_V_1_vld_in = 1'b1;
    end else begin
        m_axis_video_V_data_V_1_vld_in = 1'b0;
    end
end

always @ (*) begin
    if ((~((1'b1 == ap_block_state3_io) | ((tmp_10_fu_379_p2 == 1'd0) & (s_axis_video_V_data_V_0_vld_out == 1'b0))) & (tmp_10_fu_379_p2 == 1'd0) & (1'b1 == ap_CS_fsm_state3))) begin
        m_axis_video_V_dest_V_1_vld_in = 1'b1;
    end else begin
        m_axis_video_V_dest_V_1_vld_in = 1'b0;
    end
end

always @ (*) begin
    if ((~((1'b1 == ap_block_state3_io) | ((tmp_10_fu_379_p2 == 1'd0) & (s_axis_video_V_data_V_0_vld_out == 1'b0))) & (tmp_10_fu_379_p2 == 1'd0) & (1'b1 == ap_CS_fsm_state3))) begin
        m_axis_video_V_id_V_1_vld_in = 1'b1;
    end else begin
        m_axis_video_V_id_V_1_vld_in = 1'b0;
    end
end

always @ (*) begin
    if ((~((1'b1 == ap_block_state3_io) | ((tmp_10_fu_379_p2 == 1'd0) & (s_axis_video_V_data_V_0_vld_out == 1'b0))) & (tmp_10_fu_379_p2 == 1'd0) & (1'b1 == ap_CS_fsm_state3))) begin
        m_axis_video_V_keep_V_1_vld_in = 1'b1;
    end else begin
        m_axis_video_V_keep_V_1_vld_in = 1'b0;
    end
end

always @ (*) begin
    if ((m_axis_video_V_last_V_1_sel == 1'b1)) begin
        m_axis_video_V_last_V_1_data_out = m_axis_video_V_last_V_1_payload_B;
    end else begin
        m_axis_video_V_last_V_1_data_out = m_axis_video_V_last_V_1_payload_A;
    end
end

always @ (*) begin
    if ((~((1'b1 == ap_block_state3_io) | ((tmp_10_fu_379_p2 == 1'd0) & (s_axis_video_V_data_V_0_vld_out == 1'b0))) & (tmp_10_fu_379_p2 == 1'd0) & (1'b1 == ap_CS_fsm_state3))) begin
        m_axis_video_V_last_V_1_vld_in = 1'b1;
    end else begin
        m_axis_video_V_last_V_1_vld_in = 1'b0;
    end
end

always @ (*) begin
    if ((~((1'b1 == ap_block_state3_io) | ((tmp_10_fu_379_p2 == 1'd0) & (s_axis_video_V_data_V_0_vld_out == 1'b0))) & (tmp_10_fu_379_p2 == 1'd0) & (1'b1 == ap_CS_fsm_state3))) begin
        m_axis_video_V_strb_V_1_vld_in = 1'b1;
    end else begin
        m_axis_video_V_strb_V_1_vld_in = 1'b0;
    end
end

always @ (*) begin
    if ((m_axis_video_V_user_V_1_sel == 1'b1)) begin
        m_axis_video_V_user_V_1_data_out = m_axis_video_V_user_V_1_payload_B;
    end else begin
        m_axis_video_V_user_V_1_data_out = m_axis_video_V_user_V_1_payload_A;
    end
end

always @ (*) begin
    if ((~((1'b1 == ap_block_state3_io) | ((tmp_10_fu_379_p2 == 1'd0) & (s_axis_video_V_data_V_0_vld_out == 1'b0))) & (tmp_10_fu_379_p2 == 1'd0) & (1'b1 == ap_CS_fsm_state3))) begin
        m_axis_video_V_user_V_1_vld_in = 1'b1;
    end else begin
        m_axis_video_V_user_V_1_vld_in = 1'b0;
    end
end

always @ (*) begin
    if (((tmp_10_fu_379_p2 == 1'd0) & (1'b1 == ap_CS_fsm_state3))) begin
        s_axis_video_TDATA_blk_n = s_axis_video_V_data_V_0_state[1'd0];
    end else begin
        s_axis_video_TDATA_blk_n = 1'b1;
    end
end

always @ (*) begin
    if ((~((1'b1 == ap_block_state3_io) | ((tmp_10_fu_379_p2 == 1'd0) & (s_axis_video_V_data_V_0_vld_out == 1'b0))) & (tmp_10_fu_379_p2 == 1'd0) & (1'b1 == ap_CS_fsm_state3))) begin
        s_axis_video_V_data_V_0_ack_out = 1'b1;
    end else begin
        s_axis_video_V_data_V_0_ack_out = 1'b0;
    end
end

always @ (*) begin
    if ((s_axis_video_V_data_V_0_sel == 1'b1)) begin
        s_axis_video_V_data_V_0_data_out = s_axis_video_V_data_V_0_payload_B;
    end else begin
        s_axis_video_V_data_V_0_data_out = s_axis_video_V_data_V_0_payload_A;
    end
end

always @ (*) begin
    if ((~((1'b1 == ap_block_state3_io) | ((tmp_10_fu_379_p2 == 1'd0) & (s_axis_video_V_data_V_0_vld_out == 1'b0))) & (tmp_10_fu_379_p2 == 1'd0) & (1'b1 == ap_CS_fsm_state3))) begin
        s_axis_video_V_dest_V_0_ack_out = 1'b1;
    end else begin
        s_axis_video_V_dest_V_0_ack_out = 1'b0;
    end
end

always @ (*) begin
    if ((~((1'b1 == ap_block_state3_io) | ((tmp_10_fu_379_p2 == 1'd0) & (s_axis_video_V_data_V_0_vld_out == 1'b0))) & (tmp_10_fu_379_p2 == 1'd0) & (1'b1 == ap_CS_fsm_state3))) begin
        s_axis_video_V_last_V_0_ack_out = 1'b1;
    end else begin
        s_axis_video_V_last_V_0_ack_out = 1'b0;
    end
end

always @ (*) begin
    if ((s_axis_video_V_last_V_0_sel == 1'b1)) begin
        s_axis_video_V_last_V_0_data_out = s_axis_video_V_last_V_0_payload_B;
    end else begin
        s_axis_video_V_last_V_0_data_out = s_axis_video_V_last_V_0_payload_A;
    end
end

always @ (*) begin
    if ((~((1'b1 == ap_block_state3_io) | ((tmp_10_fu_379_p2 == 1'd0) & (s_axis_video_V_data_V_0_vld_out == 1'b0))) & (tmp_10_fu_379_p2 == 1'd0) & (1'b1 == ap_CS_fsm_state3))) begin
        s_axis_video_V_user_V_0_ack_out = 1'b1;
    end else begin
        s_axis_video_V_user_V_0_ack_out = 1'b0;
    end
end

always @ (*) begin
    if ((s_axis_video_V_user_V_0_sel == 1'b1)) begin
        s_axis_video_V_user_V_0_data_out = s_axis_video_V_user_V_0_payload_B;
    end else begin
        s_axis_video_V_user_V_0_data_out = s_axis_video_V_user_V_0_payload_A;
    end
end

always @ (*) begin
    case (ap_CS_fsm)
        ap_ST_fsm_state1 : begin
            ap_NS_fsm = ap_ST_fsm_state2;
        end
        ap_ST_fsm_state2 : begin
            if ((~((m_axis_video_V_dest_V_1_ack_in == 1'b0) | (m_axis_video_V_id_V_1_ack_in == 1'b0) | (m_axis_video_V_last_V_1_ack_in == 1'b0) | (m_axis_video_V_user_V_1_ack_in == 1'b0) | (m_axis_video_V_strb_V_1_ack_in == 1'b0) | (m_axis_video_V_keep_V_1_ack_in == 1'b0) | (m_axis_video_V_data_V_1_ack_in == 1'b0)) & (tmp_1_fu_243_p2 == 1'd0) & (m_axis_video_V_dest_V_1_state[1'd0] == 1'b0) & (m_axis_video_V_id_V_1_state[1'd0] == 1'b0) & (m_axis_video_V_last_V_1_state[1'd0] == 1'b0) & (m_axis_video_V_user_V_1_state[1'd0] == 1'b0) & (m_axis_video_V_strb_V_1_state[1'd0] == 1'b0) & (m_axis_video_V_keep_V_1_state[1'd0] == 1'b0) & (m_axis_video_V_data_V_1_state[1'd0] == 1'b0) & (1'b1 == ap_CS_fsm_state2))) begin
                ap_NS_fsm = ap_ST_fsm_state1;
            end else if ((~((m_axis_video_V_dest_V_1_ack_in == 1'b0) | (m_axis_video_V_id_V_1_ack_in == 1'b0) | (m_axis_video_V_last_V_1_ack_in == 1'b0) | (m_axis_video_V_user_V_1_ack_in == 1'b0) | (m_axis_video_V_strb_V_1_ack_in == 1'b0) | (m_axis_video_V_keep_V_1_ack_in == 1'b0) | (m_axis_video_V_data_V_1_ack_in == 1'b0)) & (tmp_1_fu_243_p2 == 1'd1) & (1'b1 == ap_CS_fsm_state2))) begin
                ap_NS_fsm = ap_ST_fsm_state3;
            end else begin
                ap_NS_fsm = ap_ST_fsm_state2;
            end
        end
        ap_ST_fsm_state3 : begin
            if ((~((1'b1 == ap_block_state3_io) | ((tmp_10_fu_379_p2 == 1'd0) & (s_axis_video_V_data_V_0_vld_out == 1'b0))) & (tmp_10_fu_379_p2 == 1'd1) & (1'b1 == ap_CS_fsm_state3))) begin
                ap_NS_fsm = ap_ST_fsm_state2;
            end else if ((~((1'b1 == ap_block_state3_io) | ((tmp_10_fu_379_p2 == 1'd0) & (s_axis_video_V_data_V_0_vld_out == 1'b0))) & (tmp_10_fu_379_p2 == 1'd0) & (1'b1 == ap_CS_fsm_state3))) begin
                ap_NS_fsm = ap_ST_fsm_state4;
            end else begin
                ap_NS_fsm = ap_ST_fsm_state3;
            end
        end
        ap_ST_fsm_state4 : begin
            if (((m_axis_video_V_data_V_1_ack_in == 1'b1) & (1'b1 == ap_CS_fsm_state4))) begin
                ap_NS_fsm = ap_ST_fsm_state3;
            end else begin
                ap_NS_fsm = ap_ST_fsm_state4;
            end
        end
        default : begin
            ap_NS_fsm = 'bx;
        end
    endcase
end

assign ap_CS_fsm_state1 = ap_CS_fsm[32'd0];

assign ap_CS_fsm_state2 = ap_CS_fsm[32'd1];

assign ap_CS_fsm_state3 = ap_CS_fsm[32'd2];

assign ap_CS_fsm_state4 = ap_CS_fsm[32'd3];

always @ (*) begin
    ap_block_state2 = ((m_axis_video_V_dest_V_1_ack_in == 1'b0) | (m_axis_video_V_id_V_1_ack_in == 1'b0) | (m_axis_video_V_last_V_1_ack_in == 1'b0) | (m_axis_video_V_user_V_1_ack_in == 1'b0) | (m_axis_video_V_strb_V_1_ack_in == 1'b0) | (m_axis_video_V_keep_V_1_ack_in == 1'b0) | (m_axis_video_V_data_V_1_ack_in == 1'b0));
end

always @ (*) begin
    ap_block_state3 = ((tmp_10_fu_379_p2 == 1'd0) & (s_axis_video_V_data_V_0_vld_out == 1'b0));
end

always @ (*) begin
    ap_block_state3_io = ((tmp_10_fu_379_p2 == 1'd0) & (m_axis_video_V_data_V_1_ack_in == 1'b0));
end

always @ (*) begin
    ap_rst_n_inv = ~ap_rst_n;
end

assign hsize_in_op_op_fu_311_p2 = (32'd1 + hsize_in);

assign i_1_fu_536_p2 = (32'd2 + i_reg_204);

assign j_1_fu_248_p2 = (j_reg_193 + 31'd1);

assign j_cast_fu_239_p1 = j_reg_193;

assign m_axis_video_TDATA = m_axis_video_V_data_V_1_data_out;

assign m_axis_video_TDEST = m_axis_video_V_dest_V_1_data_out;

assign m_axis_video_TID = m_axis_video_V_id_V_1_data_out;

assign m_axis_video_TKEEP = m_axis_video_V_keep_V_1_data_out;

assign m_axis_video_TLAST = m_axis_video_V_last_V_1_data_out;

assign m_axis_video_TSTRB = m_axis_video_V_strb_V_1_data_out;

assign m_axis_video_TUSER = m_axis_video_V_user_V_1_data_out;

assign m_axis_video_TVALID = m_axis_video_V_dest_V_1_state[1'd0];

assign m_axis_video_V_data_V_1_ack_in = m_axis_video_V_data_V_1_state[1'd1];

assign m_axis_video_V_data_V_1_ack_out = m_axis_video_TREADY;

assign m_axis_video_V_data_V_1_load_A = (m_axis_video_V_data_V_1_state_cmp_full & ~m_axis_video_V_data_V_1_sel_wr);

assign m_axis_video_V_data_V_1_load_B = (m_axis_video_V_data_V_1_state_cmp_full & m_axis_video_V_data_V_1_sel_wr);

assign m_axis_video_V_data_V_1_sel = m_axis_video_V_data_V_1_sel_rd;

assign m_axis_video_V_data_V_1_state_cmp_full = ((m_axis_video_V_data_V_1_state != 2'd1) ? 1'b1 : 1'b0);

assign m_axis_video_V_data_V_1_vld_out = m_axis_video_V_data_V_1_state[1'd0];

assign m_axis_video_V_dest_V_1_ack_in = m_axis_video_V_dest_V_1_state[1'd1];

assign m_axis_video_V_dest_V_1_ack_out = m_axis_video_TREADY;

assign m_axis_video_V_dest_V_1_data_out = 1'd0;

assign m_axis_video_V_dest_V_1_sel = m_axis_video_V_dest_V_1_sel_rd;

assign m_axis_video_V_dest_V_1_vld_out = m_axis_video_V_dest_V_1_state[1'd0];

assign m_axis_video_V_id_V_1_ack_in = m_axis_video_V_id_V_1_state[1'd1];

assign m_axis_video_V_id_V_1_ack_out = m_axis_video_TREADY;

assign m_axis_video_V_id_V_1_data_out = 1'd0;

assign m_axis_video_V_id_V_1_sel = m_axis_video_V_id_V_1_sel_rd;

assign m_axis_video_V_id_V_1_vld_out = m_axis_video_V_id_V_1_state[1'd0];

assign m_axis_video_V_keep_V_1_ack_in = m_axis_video_V_keep_V_1_state[1'd1];

assign m_axis_video_V_keep_V_1_ack_out = m_axis_video_TREADY;

assign m_axis_video_V_keep_V_1_data_out = 4'd0;

assign m_axis_video_V_keep_V_1_sel = m_axis_video_V_keep_V_1_sel_rd;

assign m_axis_video_V_keep_V_1_vld_out = m_axis_video_V_keep_V_1_state[1'd0];

assign m_axis_video_V_last_V_1_ack_in = m_axis_video_V_last_V_1_state[1'd1];

assign m_axis_video_V_last_V_1_ack_out = m_axis_video_TREADY;

assign m_axis_video_V_last_V_1_load_A = (m_axis_video_V_last_V_1_state_cmp_full & ~m_axis_video_V_last_V_1_sel_wr);

assign m_axis_video_V_last_V_1_load_B = (m_axis_video_V_last_V_1_state_cmp_full & m_axis_video_V_last_V_1_sel_wr);

assign m_axis_video_V_last_V_1_sel = m_axis_video_V_last_V_1_sel_rd;

assign m_axis_video_V_last_V_1_state_cmp_full = ((m_axis_video_V_last_V_1_state != 2'd1) ? 1'b1 : 1'b0);

assign m_axis_video_V_last_V_1_vld_out = m_axis_video_V_last_V_1_state[1'd0];

assign m_axis_video_V_strb_V_1_ack_in = m_axis_video_V_strb_V_1_state[1'd1];

assign m_axis_video_V_strb_V_1_ack_out = m_axis_video_TREADY;

assign m_axis_video_V_strb_V_1_data_out = 4'd0;

assign m_axis_video_V_strb_V_1_sel = m_axis_video_V_strb_V_1_sel_rd;

assign m_axis_video_V_strb_V_1_vld_out = m_axis_video_V_strb_V_1_state[1'd0];

assign m_axis_video_V_user_V_1_ack_in = m_axis_video_V_user_V_1_state[1'd1];

assign m_axis_video_V_user_V_1_ack_out = m_axis_video_TREADY;

assign m_axis_video_V_user_V_1_load_A = (m_axis_video_V_user_V_1_state_cmp_full & ~m_axis_video_V_user_V_1_sel_wr);

assign m_axis_video_V_user_V_1_load_B = (m_axis_video_V_user_V_1_state_cmp_full & m_axis_video_V_user_V_1_sel_wr);

assign m_axis_video_V_user_V_1_sel = m_axis_video_V_user_V_1_sel_rd;

assign m_axis_video_V_user_V_1_state_cmp_full = ((m_axis_video_V_user_V_1_state != 2'd1) ? 1'b1 : 1'b0);

assign m_axis_video_V_user_V_1_vld_out = m_axis_video_V_user_V_1_state[1'd0];

assign p_Result_1_fu_425_p3 = {{p_Result_6_fu_415_p4}, {tmp_11_fu_411_p1}};

assign p_Result_2_fu_451_p4 = {{s_axis_video_V_data_V_0_data_out[31:16]}};

assign p_Result_3_fu_461_p4 = {{s_axis_video_V_data_V_0_data_out[63:48]}};

assign p_Result_4_fu_443_p3 = {{p_Result_s_7_fu_433_p4}, {tmp_11_fu_411_p1}};

assign p_Result_5_fu_471_p3 = {{p_Result_3_fu_461_p4}, {p_Result_2_fu_451_p4}};

assign p_Result_6_fu_415_p4 = {{s_axis_video_V_data_V_0_data_out[79:64]}};

assign p_Result_s_7_fu_433_p4 = {{s_axis_video_V_data_V_0_data_out[95:80]}};

assign p_Result_s_fu_401_p4 = {{s_axis_video_V_data_V_0_data_out[63:32]}};

assign p_lshr_fu_329_p4 = {{p_neg_fu_324_p2[31:1]}};

assign p_neg_fu_324_p2 = (hsize_in ^ 32'd4294967295);

assign p_neg_t_fu_339_p2 = (31'd0 - p_lshr_fu_329_p4);

assign s_axis_video_TREADY = s_axis_video_V_dest_V_0_state[1'd1];

assign s_axis_video_V_data_V_0_ack_in = s_axis_video_V_data_V_0_state[1'd1];

assign s_axis_video_V_data_V_0_load_A = (s_axis_video_V_data_V_0_state_cmp_full & ~s_axis_video_V_data_V_0_sel_wr);

assign s_axis_video_V_data_V_0_load_B = (s_axis_video_V_data_V_0_state_cmp_full & s_axis_video_V_data_V_0_sel_wr);

assign s_axis_video_V_data_V_0_sel = s_axis_video_V_data_V_0_sel_rd;

assign s_axis_video_V_data_V_0_state_cmp_full = ((s_axis_video_V_data_V_0_state != 2'd1) ? 1'b1 : 1'b0);

assign s_axis_video_V_data_V_0_vld_in = s_axis_video_TVALID;

assign s_axis_video_V_data_V_0_vld_out = s_axis_video_V_data_V_0_state[1'd0];

assign s_axis_video_V_dest_V_0_vld_in = s_axis_video_TVALID;

assign s_axis_video_V_last_V_0_ack_in = s_axis_video_V_last_V_0_state[1'd1];

assign s_axis_video_V_last_V_0_load_A = (s_axis_video_V_last_V_0_state_cmp_full & ~s_axis_video_V_last_V_0_sel_wr);

assign s_axis_video_V_last_V_0_load_B = (s_axis_video_V_last_V_0_state_cmp_full & s_axis_video_V_last_V_0_sel_wr);

assign s_axis_video_V_last_V_0_sel = s_axis_video_V_last_V_0_sel_rd;

assign s_axis_video_V_last_V_0_state_cmp_full = ((s_axis_video_V_last_V_0_state != 2'd1) ? 1'b1 : 1'b0);

assign s_axis_video_V_last_V_0_vld_in = s_axis_video_TVALID;

assign s_axis_video_V_last_V_0_vld_out = s_axis_video_V_last_V_0_state[1'd0];

assign s_axis_video_V_user_V_0_ack_in = s_axis_video_V_user_V_0_state[1'd1];

assign s_axis_video_V_user_V_0_load_A = (s_axis_video_V_user_V_0_state_cmp_full & ~s_axis_video_V_user_V_0_sel_wr);

assign s_axis_video_V_user_V_0_load_B = (s_axis_video_V_user_V_0_state_cmp_full & s_axis_video_V_user_V_0_sel_wr);

assign s_axis_video_V_user_V_0_sel = s_axis_video_V_user_V_0_sel_rd;

assign s_axis_video_V_user_V_0_state_cmp_full = ((s_axis_video_V_user_V_0_state != 2'd1) ? 1'b1 : 1'b0);

assign s_axis_video_V_user_V_0_vld_in = s_axis_video_TVALID;

assign s_axis_video_V_user_V_0_vld_out = s_axis_video_V_user_V_0_state[1'd0];

assign sel_tmp10_fu_294_p2 = (tmp_3_fu_258_p2 & sel_tmp3_reg_583);

assign sel_tmp11_fu_299_p2 = (tmp_2_fu_254_p1 & sel_tmp3_reg_583);

assign sel_tmp1_fu_264_p2 = (tmp_3_fu_258_p2 & sel_tmp_reg_565);

assign sel_tmp2_fu_279_p2 = (tmp_2_fu_254_p1 & sel_tmp7_reg_571);

assign sel_tmp3_fu_233_p2 = ((pattern_V == 2'd3) ? 1'b1 : 1'b0);

assign sel_tmp4_fu_227_p2 = ((pattern_V == 2'd2) ? 1'b1 : 1'b0);

assign sel_tmp5_fu_269_p2 = (tmp_2_fu_254_p1 & sel_tmp_reg_565);

assign sel_tmp6_fu_284_p2 = (tmp_3_fu_258_p2 & sel_tmp4_reg_577);

assign sel_tmp7_fu_221_p2 = ((pattern_V == 2'd1) ? 1'b1 : 1'b0);

assign sel_tmp8_fu_274_p2 = (tmp_3_fu_258_p2 & sel_tmp7_reg_571);

assign sel_tmp9_fu_289_p2 = (tmp_2_fu_254_p1 & sel_tmp4_reg_577);

assign sel_tmp_fu_215_p2 = ((pattern_V == 2'd0) ? 1'b1 : 1'b0);

assign tmp_10_fu_379_p2 = ((i_reg_204 == tmp_9_reg_637) ? 1'b1 : 1'b0);

assign tmp_11_fu_411_p1 = s_axis_video_V_data_V_0_data_out[15:0];

assign tmp_1_fu_243_p2 = (($signed(j_cast_fu_239_p1) < $signed(vsize_in)) ? 1'b1 : 1'b0);

assign tmp_2_fu_254_p1 = j_reg_193[0:0];

assign tmp_3_fu_258_p2 = (tmp_2_fu_254_p1 ^ 1'd1);

assign tmp_4_fu_304_p3 = hsize_in[32'd31];

assign tmp_5_fu_316_p3 = hsize_in_op_op_fu_311_p2[32'd31];

assign tmp_6_fu_345_p4 = {{hsize_in_op_op_fu_311_p2[31:1]}};

assign tmp_7_fu_355_p3 = ((tmp_5_fu_316_p3[0:0] === 1'b1) ? p_neg_t_fu_339_p2 : tmp_6_fu_345_p4);

assign tmp_8_fu_363_p3 = ((tmp_4_fu_304_p3[0:0] === 1'b1) ? 31'd0 : tmp_7_fu_355_p3);

assign tmp_9_fu_371_p3 = {{tmp_8_fu_363_p3}, {1'd0}};

assign video_o_data_V_11_fu_521_p3 = ((sel_tmp10_reg_627[0:0] === 1'b1) ? p_Result_1_fu_425_p3 : video_o_data_V_9_fu_514_p3);

assign video_o_data_V_4_fu_479_p3 = ((sel_tmp1_reg_597[0:0] === 1'b1) ? p_Result_s_fu_401_p4 : p_Val2_s_fu_124);

assign video_o_data_V_5_fu_486_p3 = ((sel_tmp5_reg_602[0:0] === 1'b1) ? p_Result_1_fu_425_p3 : video_o_data_V_4_fu_479_p3);

assign video_o_data_V_6_fu_493_p3 = ((sel_tmp8_reg_607[0:0] === 1'b1) ? p_Result_4_fu_443_p3 : video_o_data_V_5_fu_486_p3);

assign video_o_data_V_7_fu_500_p3 = ((sel_tmp2_reg_612[0:0] === 1'b1) ? p_Result_5_fu_471_p3 : video_o_data_V_6_fu_493_p3);

assign video_o_data_V_8_fu_507_p3 = ((sel_tmp6_reg_617[0:0] === 1'b1) ? p_Result_5_fu_471_p3 : video_o_data_V_7_fu_500_p3);

assign video_o_data_V_9_fu_514_p3 = ((sel_tmp9_reg_622[0:0] === 1'b1) ? p_Result_4_fu_443_p3 : video_o_data_V_8_fu_507_p3);

assign video_o_data_V_fu_528_p3 = ((sel_tmp11_reg_632[0:0] === 1'b1) ? p_Result_s_fu_401_p4 : video_o_data_V_11_fu_521_p3);

always @ (posedge ap_clk) begin
    tmp_9_reg_637[0] <= 1'b0;
end

endmodule //rgb2bayer